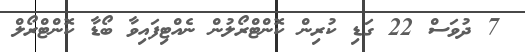
7 ދުވަސް 22 ގަޑި ކުރިން ކޮންޓްރޯލުން ނެއްޓިފައިވާ ބޯޑާ ކޮންޓްރޯލް